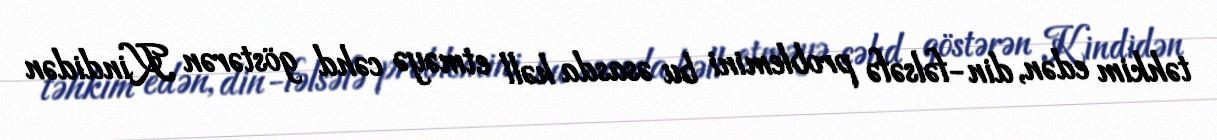
təhkim edən, din-fəlsəfə problemini bu əsasda həll etməyə cəhd göstərən Kindidən